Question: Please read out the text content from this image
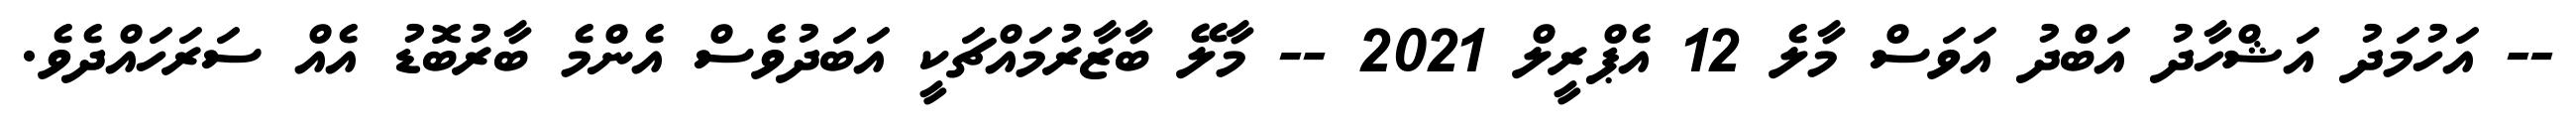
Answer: -- އަހުމަދު އަޝްހާދު އަބްދު އަވަސް މާލެ 12 އެޕްރީލް 2021 -- މާލޭ ބާޒާރުމައްޗަކީ އަބަދުވެސް އެންމެ ބާރުބޮޑު އެއް ސަރަހައްދެވެ.